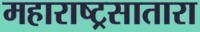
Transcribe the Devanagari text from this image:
महाराष्ट्रसातारा